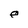
Character: e